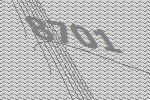
8701